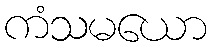
ကံသမယော